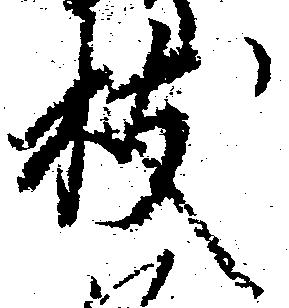
枝